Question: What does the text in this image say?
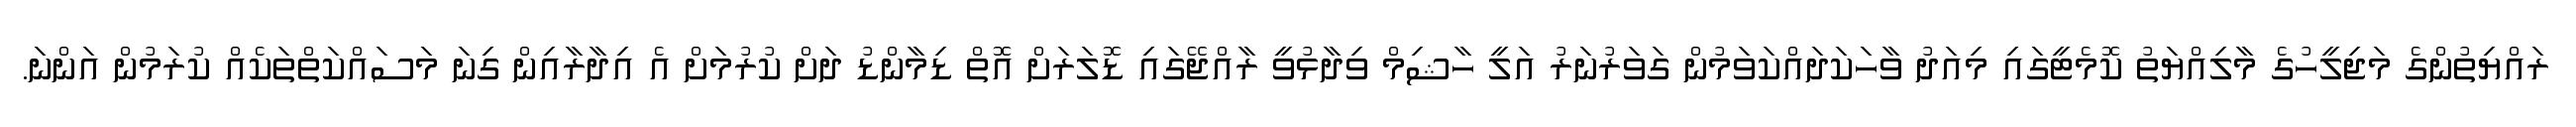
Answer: ރައްޔިތުންގެ މަޖިލީހުގެ މާލިއްޔަތު ކޮމެޓީގައި މިއަދު ވާހަކަދައްކަވަމުން ގަވަރުނަރު އަލީ ހާޝިމް ވިދާޅުވީ ރާއްޖޭގައި ޑޮލަރަށް އޮތް ޑިމާންޑު ދަށް ކުރުމަށް އެ އިދާރާއިން ގިނަ މަސައްކަތްތަކެއް ކުރަމުން އަންނަ.